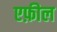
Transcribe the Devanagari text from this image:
एफ़ील